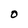
Character: O